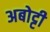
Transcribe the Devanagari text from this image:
अबोट्टी